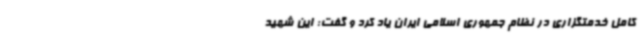
کامل خدمتگزاری در نظام جمهوری اسلامی ایران یاد کرد و گفت: این شهید